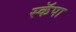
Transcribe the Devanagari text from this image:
स्कॅपा